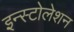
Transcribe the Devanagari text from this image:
इन्स्टोलेशन